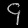
Digit: ၄